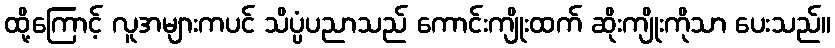
ထို့ကြောင့် လူအများကပင် သိပ္ပံပညာသည် ကောင်းကျိုးထက် ဆိုးကျိုးကိုသာ ပေးသည်။